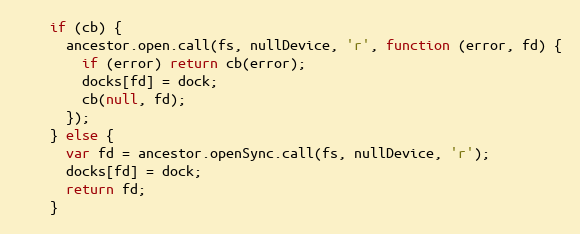
Language: JavaScript
    if (cb) {
      ancestor.open.call(fs, nullDevice, 'r', function (error, fd) {
        if (error) return cb(error);
        docks[fd] = dock;
        cb(null, fd);
      });
    } else {
      var fd = ancestor.openSync.call(fs, nullDevice, 'r');
      docks[fd] = dock;
      return fd;
    }